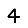
Digit: 4